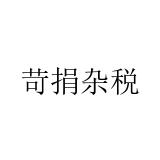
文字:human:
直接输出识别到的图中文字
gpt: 苛捐杂税